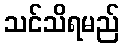
သင်သိရမည်